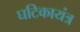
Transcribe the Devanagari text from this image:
घटिकायंत्र